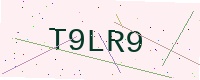
Text: T9LR9